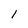
Character: l